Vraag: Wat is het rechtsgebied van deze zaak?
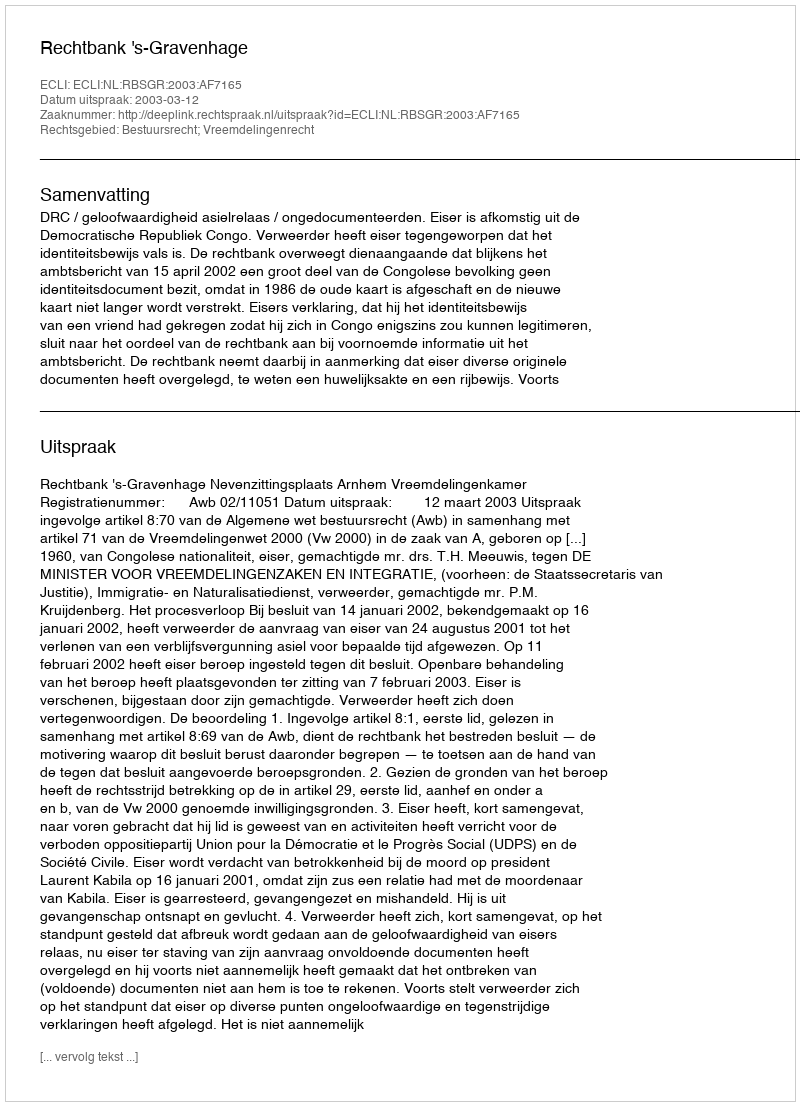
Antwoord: Bestuursrecht; Vreemdelingenrecht